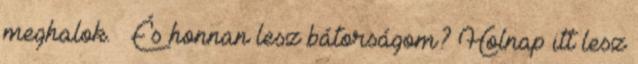
meghalok. – És honnan lesz bátorságom? Holnap itt lesz